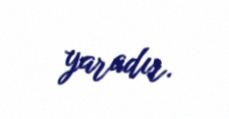
yaradır.